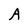
Character: A